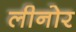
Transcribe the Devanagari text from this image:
लीनोर